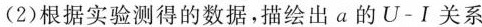
(2)根据实验测得的数据，描绘出a的U-Ⅰ关系